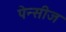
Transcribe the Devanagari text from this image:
पेन्सीज